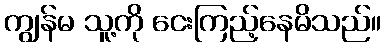
ကျွန်မ သူ့ကို ငေးကြည့်နေမိသည်။